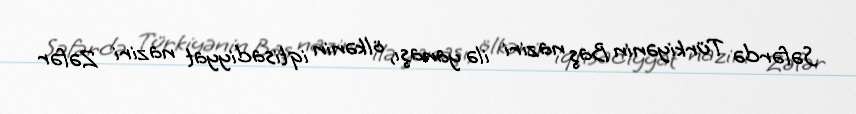
Səfərdə Türkiyənin Baş naziri ilə yanaşı, ölkənin iqtisadiyyat naziri Zəfər